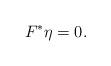
LaTeX: \begin{align*}F^*\eta=0.\end{align*}